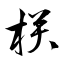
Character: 栚